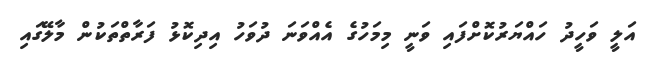
އަލީ ވަހީދު ހައްޔަރުކޮށްފައި ވަނީ މިމަހުގެ އެއްވަނަ ދުވަހު އިދިކޮޅު ފަރާތްތަކުން މާލޭގައި